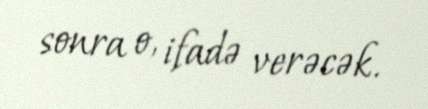
sonra o, ifadə verəcək.